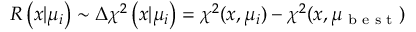
R \left( x | \mu _ { i } \right) \sim \Delta \chi ^ { 2 } \left( x | \mu _ { i } \right) = \chi ^ { 2 } ( x , \mu _ { i } ) - \chi ^ { 2 } ( x , \mu _ { \textrm { b e s t } } )